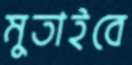
মুতাইবে